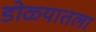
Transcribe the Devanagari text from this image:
डोळ्यातला